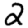
Digit: 2